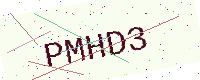
Text: PMHD3